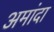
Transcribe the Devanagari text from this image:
अमांदा